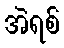
အဲရစ်